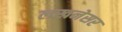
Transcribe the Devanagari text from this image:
लखनेसर